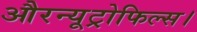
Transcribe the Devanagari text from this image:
औरन्यूट्रोफिल्स।